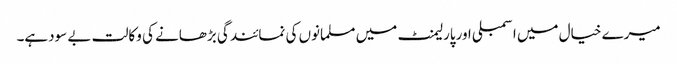
میرے خیال میں اسمبلی اورپارلیمنٹ میں مسلمانوں کی نمائندگی بڑھانے کی وکالت بے سودہے۔